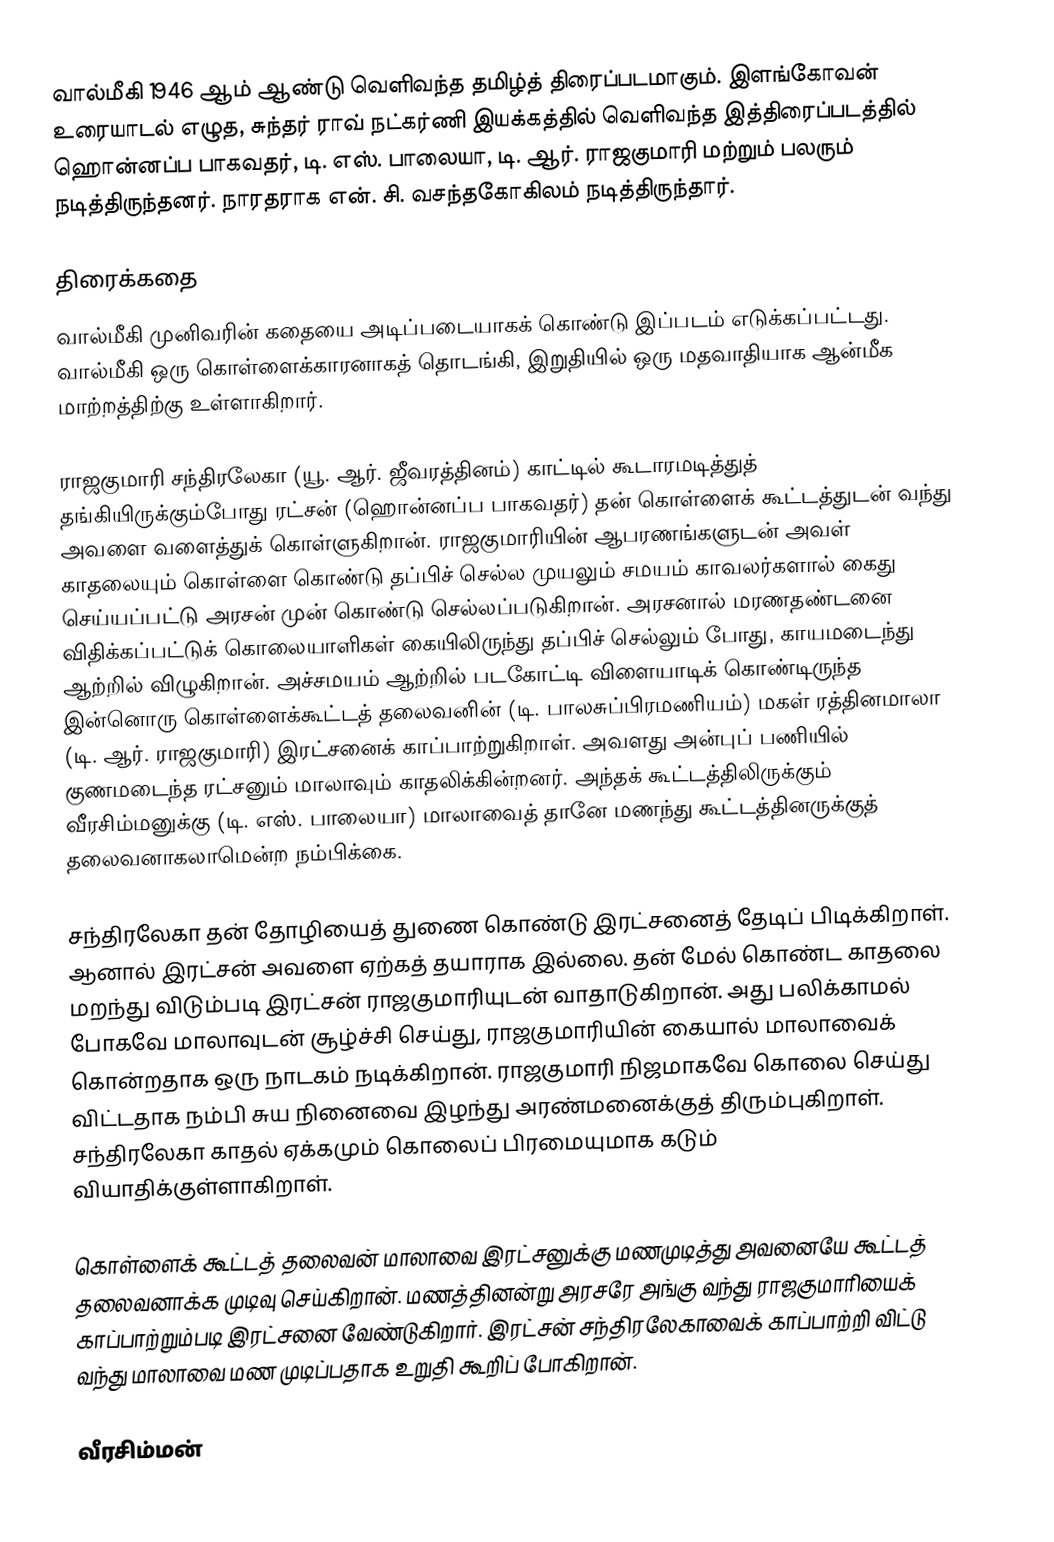
வால்மீகி 1946 ஆம் ஆண்டு வெளிவந்த தமிழ்த் திரைப்படமாகும். இளங்கோவன் உரையாடல் எழுத, சுந்தர் ராவ் நட்கர்ணி இயக்கத்தில் வெளிவந்த இத்திரைப்படத்தில் ஹொன்னப்ப பாகவதர், டி. எஸ். பாலையா, டி. ஆர். ராஜகுமாரி மற்றும் பலரும் நடித்திருந்தனர். நாரதராக என். சி. வசந்தகோகிலம் நடித்திருந்தார்.

திரைக்கதை
வால்மீகி முனிவரின் கதையை அடிப்படையாகக் கொண்டு இப்படம் எடுக்கப்பட்டது. வால்மீகி ஒரு கொள்ளைக்காரனாகத் தொடங்கி, இறுதியில் ஒரு மதவாதியாக ஆன்மீக மாற்றத்திற்கு உள்ளாகிறார்.

ராஜகுமாரி சந்திரலேகா (யூ. ஆர். ஜீவரத்தினம்) காட்டில் கூடாரமடித்துத் தங்கியிருக்கும்போது ரட்சன் (ஹொன்னப்ப பாகவதர்) தன் கொள்ளைக் கூட்டத்துடன் வந்து அவளை வளைத்துக் கொள்ளுகிறான். ராஜகுமாரியின் ஆபரணங்களுடன் அவள் காதலையும் கொள்ளை கொண்டு தப்பிச் செல்ல முயலும் சமயம் காவலர்களால் கைது செய்யப்பட்டு அரசன் முன் கொண்டு செல்லப்படுகிறான். அரசனால் மரணதண்டனை விதிக்கப்பட்டுக் கொலையாளிகள் கையிலிருந்து தப்பிச் செல்லும் போது, காயமடைந்து ஆற்றில் விழுகிறான். அச்சமயம் ஆற்றில் படகோட்டி விளையாடிக் கொண்டிருந்த இன்னொரு கொள்ளைக்கூட்டத் தலைவனின் (டி. பாலசுப்பிரமணியம்) மகள் ரத்தினமாலா (டி. ஆர். ராஜகுமாரி) இரட்சனைக் காப்பாற்றுகிறாள். அவளது அன்புப் பணியில் குணமடைந்த ரட்சனும் மாலாவும் காதலிக்கின்றனர். அந்தக் கூட்டத்திலிருக்கும் வீரசிம்மனுக்கு (டி. எஸ். பாலையா) மாலாவைத் தானே மணந்து கூட்டத்தினருக்குத் தலைவனாகலாமென்ற நம்பிக்கை.

சந்திரலேகா தன் தோழியைத் துணை கொண்டு இரட்சனைத் தேடிப் பிடிக்கிறாள். ஆனால் இரட்சன் அவளை ஏற்கத் தயாராக இல்லை. தன் மேல் கொண்ட காதலை மறந்து விடும்படி இரட்சன் ராஜகுமாரியுடன் வாதாடுகிறான். அது பலிக்காமல் போகவே மாலாவுடன் சூழ்ச்சி செய்து, ராஜகுமாரியின் கையால் மாலாவைக் கொன்றதாக ஒரு நாடகம் நடிக்கிறான். ராஜகுமாரி நிஜமாகவே கொலை செய்து விட்டதாக நம்பி சுய நினைவை இழந்து அரண்மனைக்குத் திரும்புகிறாள். சந்திரலேகா காதல் ஏக்கமும் கொலைப் பிரமையுமாக கடும் வியாதிக்குள்ளாகிறாள்.

கொள்ளைக் கூட்டத் தலைவன் மாலாவை இரட்சனுக்கு மணமுடித்து அவனையே கூட்டத் தலைவனாக்க முடிவு செய்கிறான். மணத்தினன்று அரசரே அங்கு வந்து ராஜகுமாரியைக் காப்பாற்றும்படி இரட்சனை வேண்டுகிறார். இரட்சன் சந்திரலேகாவைக் காப்பாற்றி விட்டு வந்து மாலாவை மண முடிப்பதாக உறுதி கூறிப் போகிறான்.

வீரசிம்மன்